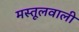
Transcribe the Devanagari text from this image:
मस्तूलवाली